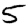
Digit: 5